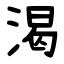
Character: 渴